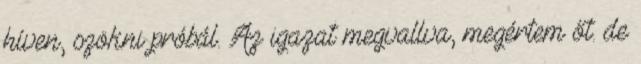
híven, szökni próbál. Az igazat megvallva, megértem őt. de